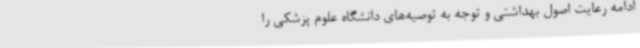
ادامه رعایت اصول بهداشتی و توجه به توصیه‌های دانشگاه علوم پزشکی را